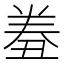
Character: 𰃤